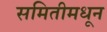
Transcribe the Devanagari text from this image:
समितीमधून